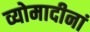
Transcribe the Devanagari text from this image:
व्योमादीनां